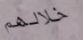
خلالهم